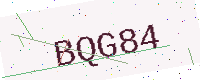
Text: BQG84